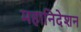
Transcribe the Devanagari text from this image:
महानिदेशन